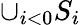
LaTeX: \cup_{i<0}S_{i}